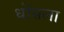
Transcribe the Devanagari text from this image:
धोंसला